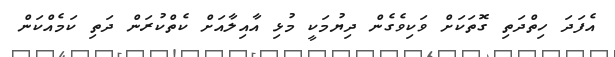
އެފަދަ ހިތްދަތި ގޮތަކަށް ވަކިވެގެން ދިޔުމަކީ މުޅި އާއިލާއަށް ކެތްކުރަން ދަތި ކަމެއްކަން